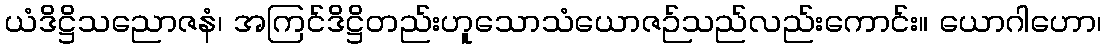
ယံဒိဋ္ဌိသညောဇနံ၊ အကြင်ဒိဋ္ဌိတည်းဟူသောသံယောဇဉ်သည်လည်းကောင်း။ ယောဂါဟော၊